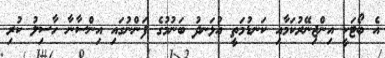
އެ ބޯޓަކީ އިންޖިނޭރުކަމާއި ކަނޑުމަތީ އުޅަނދު ބަނުމުގެ ފަންނުގައި އިންސާނާ ހާސިލު ކުރި